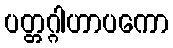
ပတ္တဂ္ဂါဟာပကော